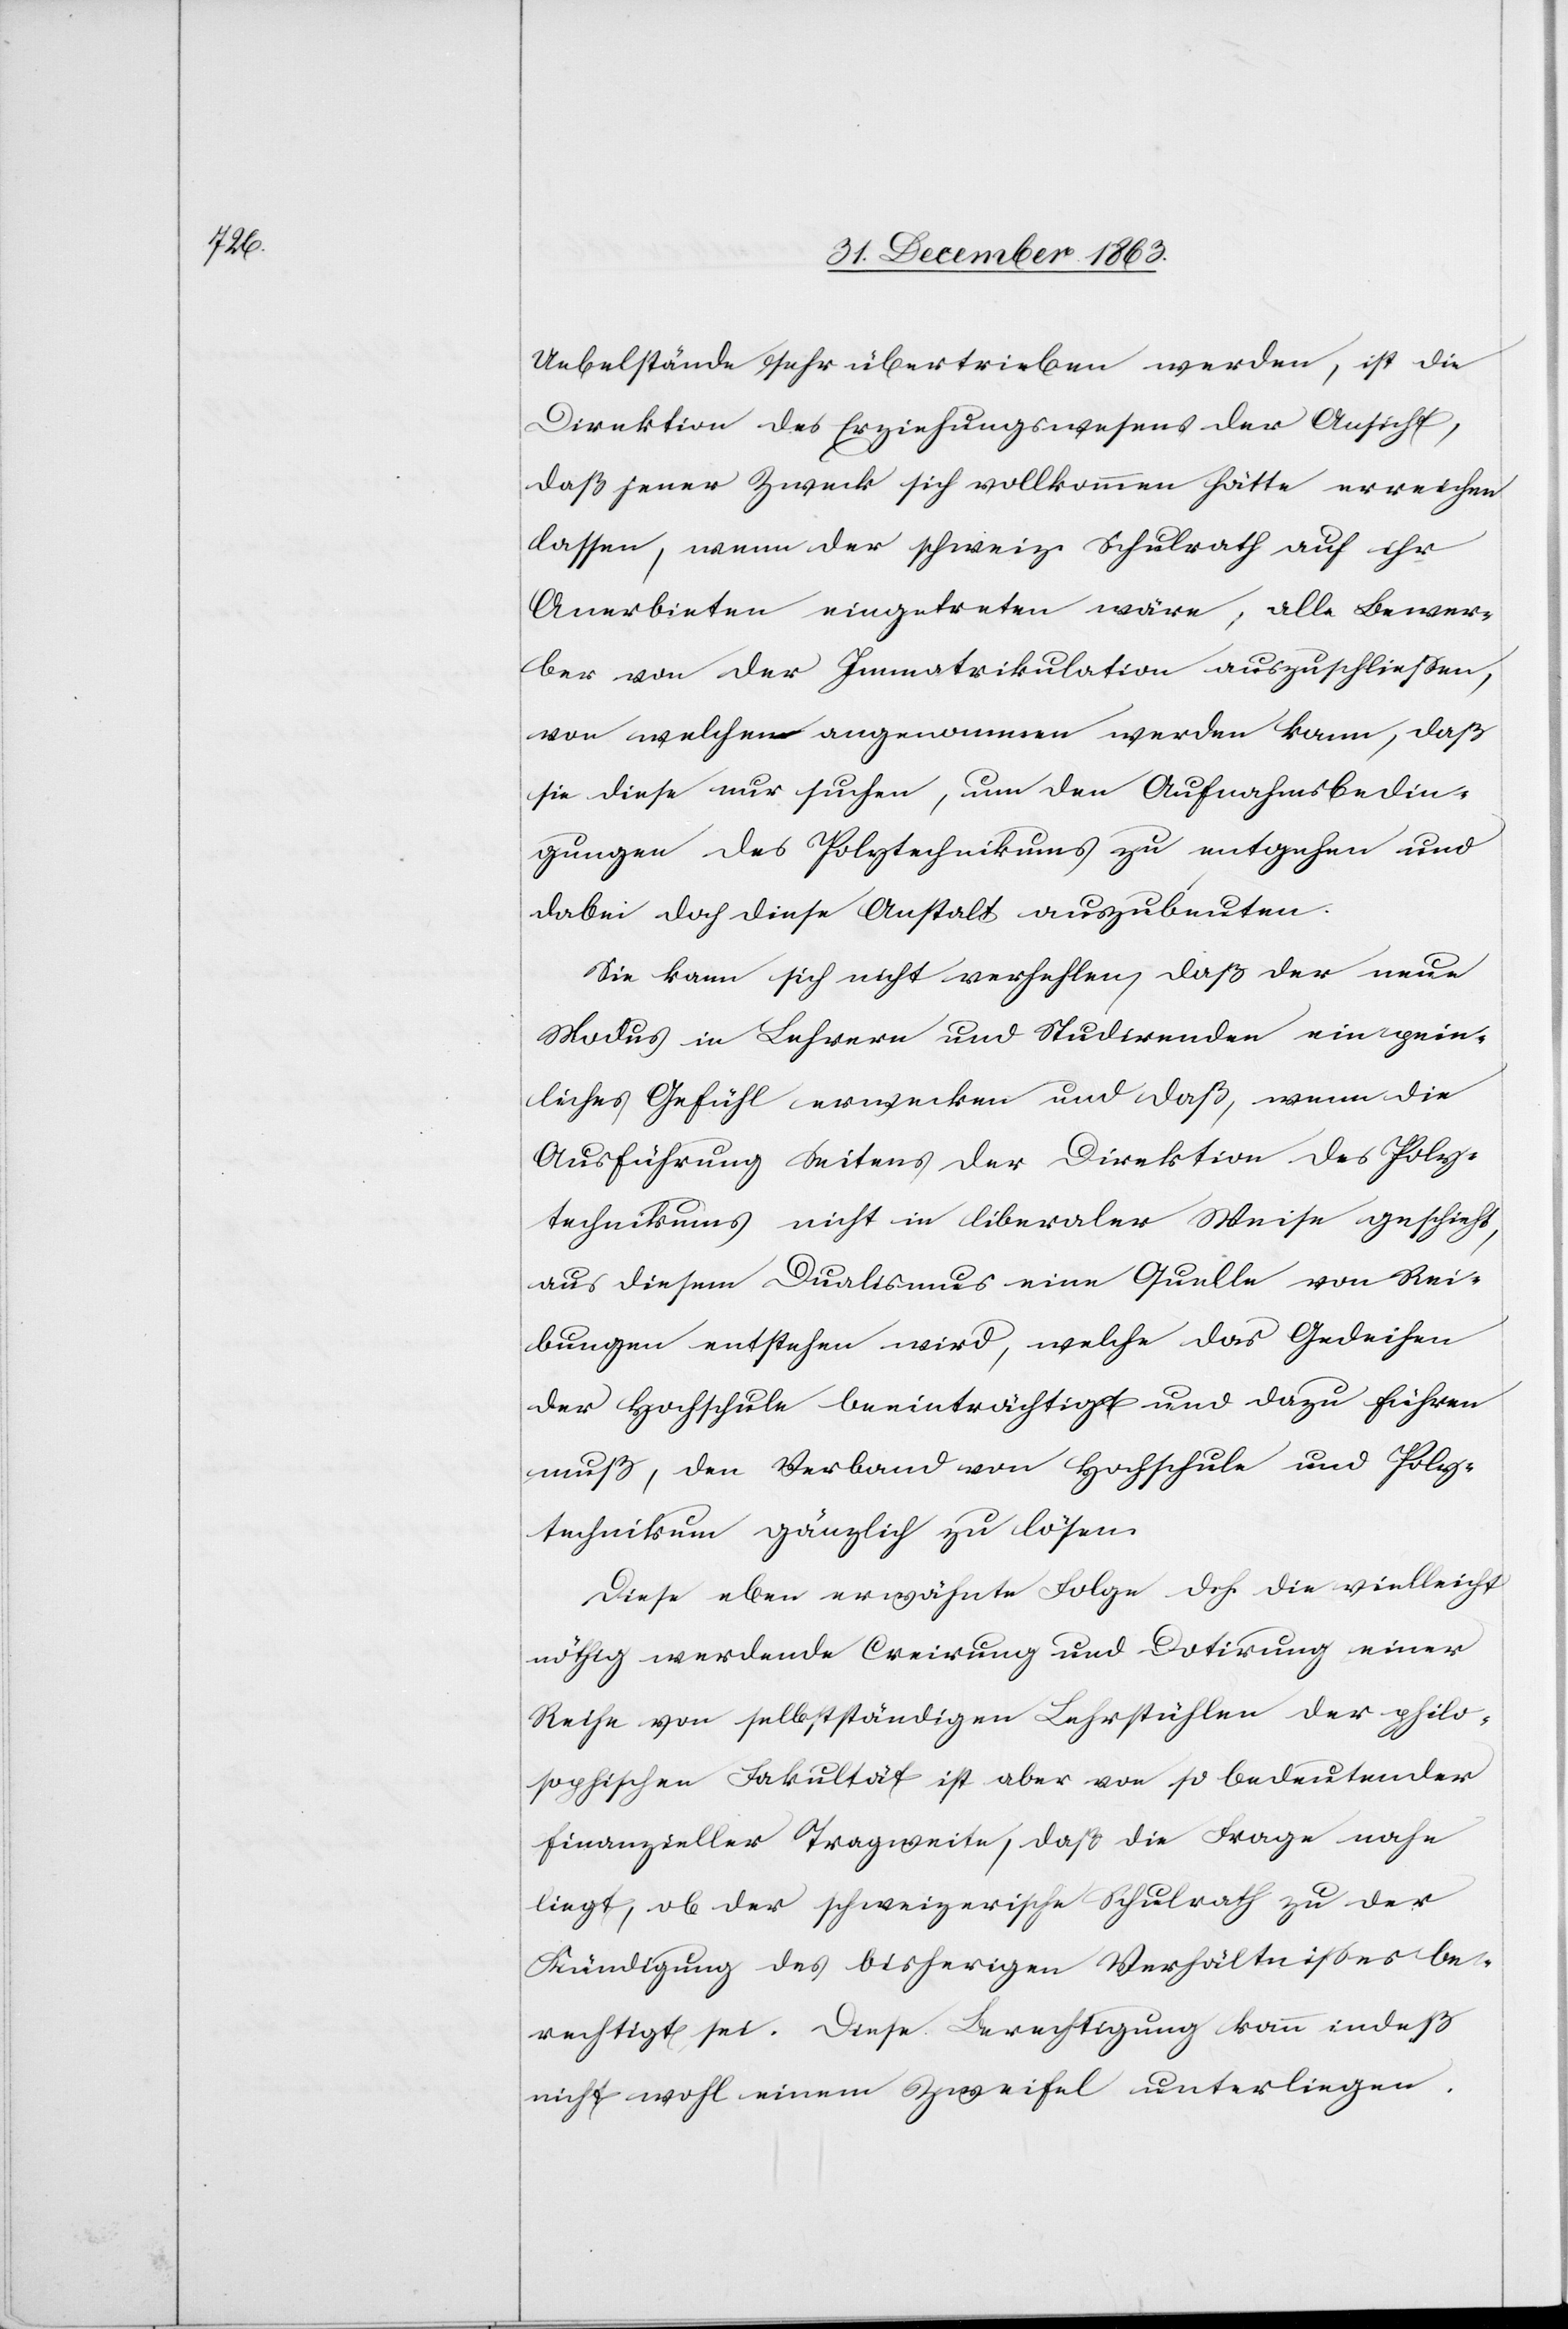
Uebelstände sehr übertrieben werden, ist die
Direktion des Erziehungswesens der Ansicht,
daß jener Zweck sich vollkommen hätte erreichen
lassen, wenn der schweiz. Schulrath auf ihr
Anerbieten eingetreten wäre, alle Bewer¬
ber von der Immatrikulation auszuschliessen,
von welchen angenommen werden kann, daß
sie diese nur suchen, um den Aufnahmsbedin¬
gungen des Polytechnikums zu entgehen und
dabei doch diese Anstalt auszubeuten.
Sie kann sich nicht verhehlen, daß der neue
Modus in Lehrern und Studirenden ein pein¬
liches Gefühl erwecken und daß, wenn die
Ausführung Seitens der Direktion des Poly¬
technikums nicht in liberaler Weise geschieht,
aus diesem Dualismus eine Quelle von Rei¬
bungen entstehen wird, welche das Gedeihen
der Hochschule beeinträchtigt und dazu führen
muß, den Verband von Hochschule und Poly¬
technikum gänzlich zu lösen.
Diese eben erwähnte Folge d. h. die vielleicht
nöthig werdende Creirung und Dotirung einer
Reihe von selbstständigen Lehrstühlen der philo¬
sophischen Fakultät ist aber von so bedeutender
finanzieller Tragweite, daß die Frage nahe
liegt, ob der schweizerische Schulrath zu der
Kündigung des bisherigen Verhältnisses be¬
rechtigt sei. Diese Berechtigung kann indeß
nicht wohl einem Zweifel unterliegen.